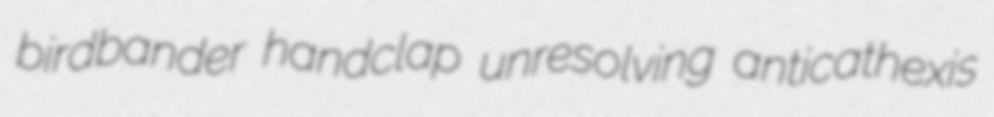
birdbander handclap unresolving anticathexis